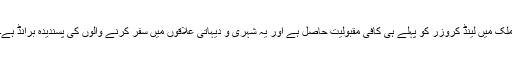
ملک میں لینڈ کروزر کو پہلے ہی کافی مقبولیت حاصل ہے اور یہ شہری و دیہاتی علاقوں میں سفر کرنے والوں کی پسندیدہ برانڈ ہے۔